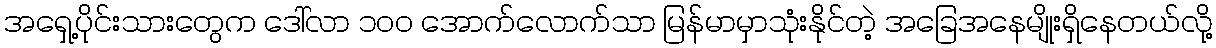
အရှေ့ပိုင်းသားတွေက ဒေါ်လာ ၁၀၀ အောက်လောက်သာ မြန်မာမှာသုံးနိုင်တဲ့ အခြေအနေမျိုးရှိနေတယ်လို့